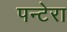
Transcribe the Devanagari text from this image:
पन्टेरा